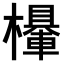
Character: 𣞹